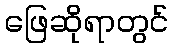
ဖြေဆိုရာတွင်